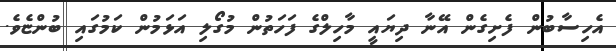
އެހިސާބުން ފެށިގެން އޭނާ ދިޔައީ މާހިލްގެ ފަހަތުން މުގޯލި އަޅަމުން ކަމުގައި ބުންޏެވެ.